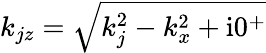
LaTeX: k_{jz}=\sqrt{k_{j}^{2}-k_{x}^{2}+\mathrm{i}0^{+}}